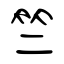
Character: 竺